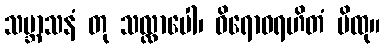
သမ္ဘာသနံ တု သလ္လာပေါ၊ ဝိရောဓရဟိတံ မိထု။